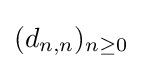
(d_{n,n})_{n\geq 0}